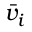
\bar { v } _ { i }